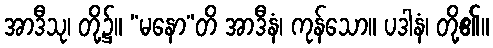
အာဒီသု၊ တို့၌။ “မနော”တိ အာဒီနံ၊ ကုန်သော။ ပဒါနံ၊ တို့၏။